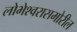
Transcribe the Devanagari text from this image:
लोभेश्‍वरासमोरील